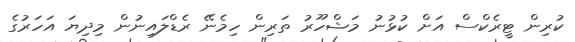
ކުރިން ޓީރެކްސް އަށް ކުޅުނު މަޝްހޫރު ތަރިން ހިމެނޭ ރެޑްލައިނުން މިދިޔަ އަހަރުގެ